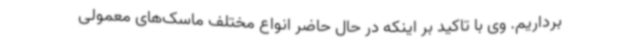
برداریم. وی با تاکید بر اینکه در حال حاضر انواع مختلف ماسک‌های معمولی